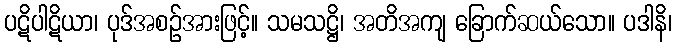
ပဋိပါဋိယာ၊ ပုဒ်အစဉ်အားဖြင့်။ သမသဋ္ဌိ၊ အတိအကျ ခြောက်ဆယ်သော။ ပဒါနိ၊